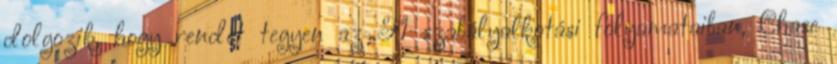
dolgozik, hogy rendet tegyen az F1 szabályalkotási folyamataiban, Chase